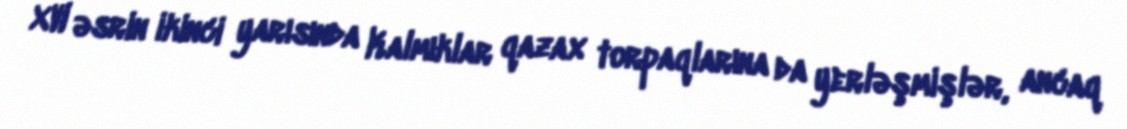
XVI əsrin ikinci yarısında Kalmıklar qazax torpaqlarına da yerləşmişlər, ancaq